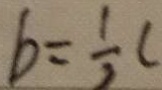
b = \frac { 1 } { 2 } C